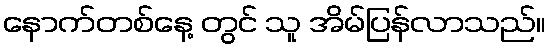
နောက်တစ်နေ့ တွင် သူ အိမ်ပြန်လာသည်။